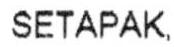
SETAPAK,